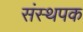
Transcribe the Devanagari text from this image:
संस्थपक